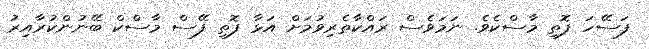
ފަސޭހަ ފޮތި މާސްކެވެ. ނަމަވެސް ރައްކާތެރިވުމަށް އަޅާ ފޮތި ފޭސް މާސްކް ބޭނުންކުރާއިރު